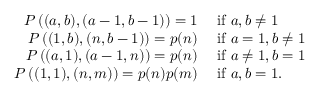
\begin{array} { r l } { P \left( ( a , b ) , ( a - 1 , b - 1 ) \right) = 1 } & { \mathrm { ~ i f ~ } a , b \neq 1 } \\ { P \left( ( 1 , b ) , ( n , b - 1 ) \right) = p ( n ) } & { \mathrm { ~ i f ~ } a = 1 , b \neq 1 } \\ { P \left( ( a , 1 ) , ( a - 1 , n ) \right) = p ( n ) } & { \mathrm { ~ i f ~ } a \neq 1 , b = 1 } \\ { P \left( ( 1 , 1 ) , ( n , m ) \right) = p ( n ) p ( m ) } & { \mathrm { ~ i f ~ } a , b = 1 . } \end{array}